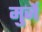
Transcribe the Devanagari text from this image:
मुर्जे